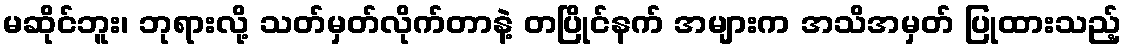
မဆိုင်ဘူး၊ ဘုရားလို့ သတ်မှတ်လိုက်တာနဲ့ တပြိုင်နက် အများက အသိအမှတ် ပြုထားသည့်